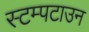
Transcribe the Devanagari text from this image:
स्टम्पटाउन